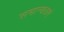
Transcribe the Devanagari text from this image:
समान्यताएं